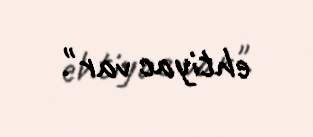
ehtiyac var".